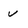
Character: v